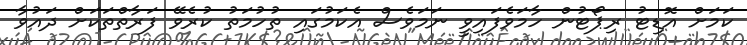
ކަމަށް އޮޑިޓު ރިޕޯޓުން ހާމަވެފައިވީ ނަމަވެސް އެކަމުގައި ތުހުމަތު ކުރެވޭ ފަރާތްތަކަށް ދައުވާ